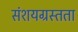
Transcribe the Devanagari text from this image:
संशयग्रस्तता